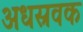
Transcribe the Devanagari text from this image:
अधस्रवक